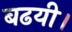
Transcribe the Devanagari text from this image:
बढयी।